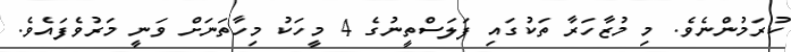
ކުރަމުންނެވެ. މި މުޒާހަރާ ތަކުގައި ފަލަސްތީނުގެ 4 މީހަކު މިހާތަނަށް ވަނީ މަރުވެފައެވެ.